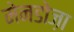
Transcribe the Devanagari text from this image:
मेनडोज़ा